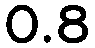
0.8